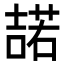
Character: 𭊡